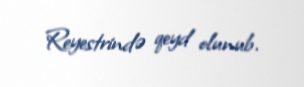
Reyestrində qeyd olunub.